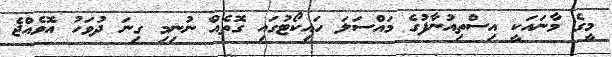
މީގެ މާނައަކީ އިސްތިއުނާފުގެ މައްސަލަ ހައިކޯޓުގައި ގޮތެއް ނުނިމި ގިނަ ދުވަހު އޮވެއްޖެ